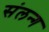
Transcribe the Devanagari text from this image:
संलन्ग